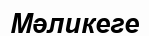
Мәликеге